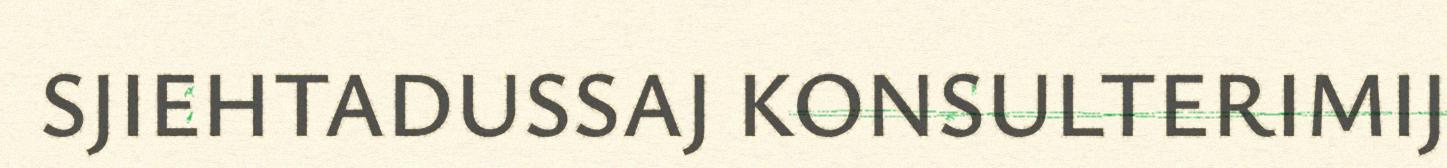
SJIEHTADUSSAJ KONSULTERIMIJ